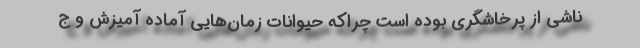
ناشی از پرخاشگری بوده است چراکه حیوانات زمان‌هایی آماده آمیزش و ج